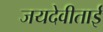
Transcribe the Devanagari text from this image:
जयदेवीताई